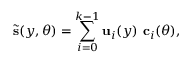
\tilde { \mathbf { s } } ( y , \theta ) = \sum _ { i = 0 } ^ { k - 1 } \mathbf { u } _ { i } ( y ) \ \mathbf { c } _ { i } ( \theta ) ,